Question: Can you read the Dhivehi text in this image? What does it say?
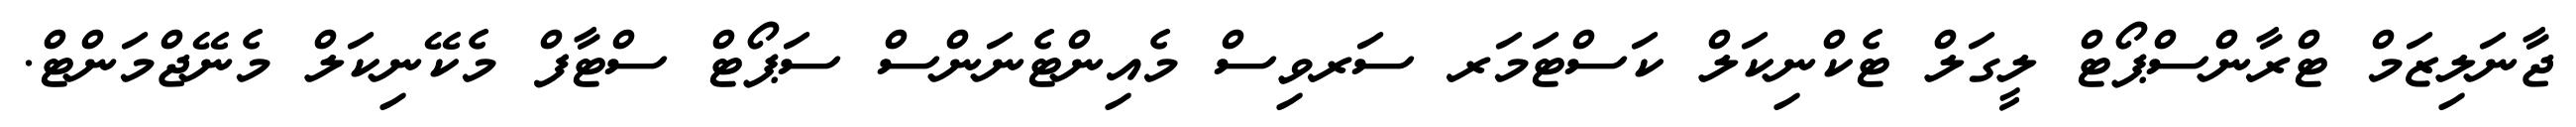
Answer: ޖާނަލިޒަމް ޓްރާންސްޕޯޓް ލީގަލް ޓެކްނިކަލް ކަސްޓަމަރ ސަރވިސް މެއިންޓެނަންސް ސަޕޯޓް ސްޓާފް މެކޭނިކަލް މެނޭޖްމަންޓް.